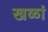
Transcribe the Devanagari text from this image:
खळां